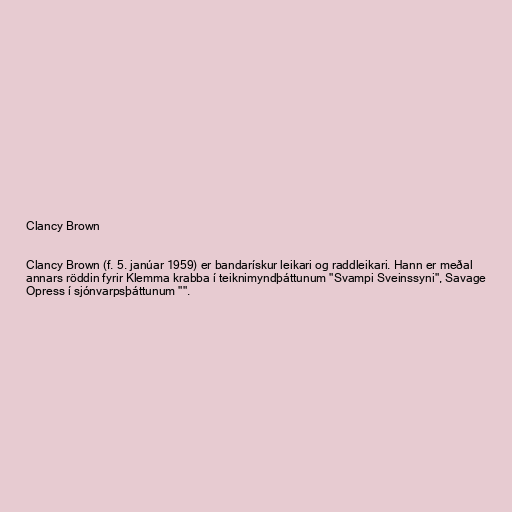
Clancy Brown

Clancy Brown (f. 5. janúar 1959) er bandarískur leikari og raddleikari. Hann er meðal
annars röddin fyrir Klemma krabba í teiknimyndþáttunum "Svampi Sveinssyni", Savage
Opress í sjónvarpsþáttunum "".